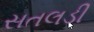
સતલડી